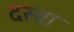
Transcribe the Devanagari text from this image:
दस्वा